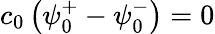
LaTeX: c_{0}\left(\psi_{0}^{+}-\psi_{0}^{-}\right)=0